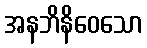
အနဘိနိဝေသော